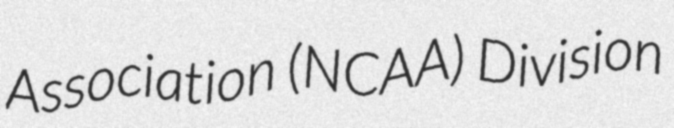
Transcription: Association (NCAA) Division